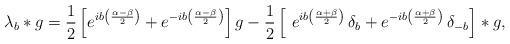
LaTeX: \begin{align*}\lambda_b\ast g=\frac{1}{2}\left[e^{ib\left(\frac{\alpha-\beta}{2}\right)} +e^{-ib\left(\frac{\alpha-\beta}{2}\right)}\right]g- \frac{1}{2}\left[\ e^{ib\left(\frac{\alpha+\beta}{2}\right)}\,\delta_{ b}+e^{-ib\left(\frac{\alpha+\beta}{2}\right)}\,\delta_{- b}\right]\ast g,\end{align*}